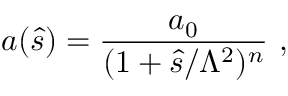
a ( \hat { s } ) = { \frac { a _ { 0 } } { ( 1 + \hat { s } / \Lambda ^ { 2 } ) ^ { n } } } ~ ,